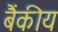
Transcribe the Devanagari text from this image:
बैंकीय